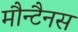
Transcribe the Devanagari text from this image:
मौन्टैनस